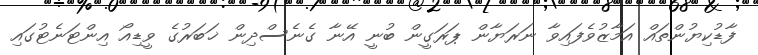
ފާޑުކިޔުންތައް އަމާޒުވެފައިވާ ނަރަޔާން ޕަރަގީން ބުނީ އޭނާ ގެނެސްދިން ޚަބަރުގެ ވީޑިއޯ އިންޓަނެޓުގައި